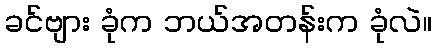
ခင်ဗျား ခုံက ဘယ်အတန်းက ခုံလဲ။